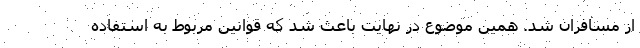
از مسافران شد. همین موضوع در نهایت باعث شد که قوانین مربوط به استفاده